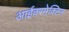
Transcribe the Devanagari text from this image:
आईवरमेक्टिन